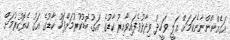
އަގެއްނޯންނާނެކަމަށް އަލީ ވަހީދު ވިދާޅުވެފައިވާއިރު ކާޑުގެ އަގު ބޮޑުކުރުމަށްފަހު ކާޑުގެ އަގު ހެޔޮކުރުމަށް